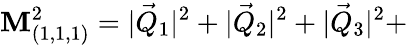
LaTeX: \mathbf{M}_{(1,1,1)}^{2}=|\vec{{Q}}_{1}|^{2}+|\vec{{Q}}_{2}|^{2}+|\vec{{Q}}_{3}|^{2}+